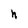
Character: h